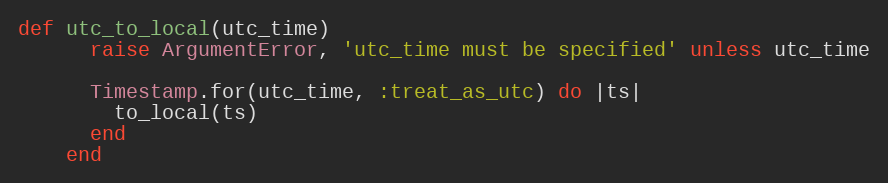
Language: Ruby
def utc_to_local(utc_time)
      raise ArgumentError, 'utc_time must be specified' unless utc_time

      Timestamp.for(utc_time, :treat_as_utc) do |ts|
        to_local(ts)
      end
    end